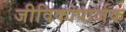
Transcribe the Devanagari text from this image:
जीविकोपार्जक